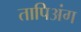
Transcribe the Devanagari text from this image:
तापिअंग